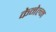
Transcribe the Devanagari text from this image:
केनेल्म